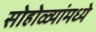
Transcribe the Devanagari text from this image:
सोहोळ्यांमध्ये